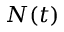
N ( t )